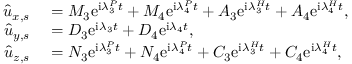
\begin{array} { r l } { \hat { u } _ { x , s } } & { { } = M _ { 3 } \mathrm { e } ^ { \mathrm { i } \lambda _ { 3 } ^ { P } t } + M _ { 4 } \mathrm { e } ^ { \mathrm { i } \lambda _ { 4 } ^ { P } t } + A _ { 3 } \mathrm { e } ^ { \mathrm { i } { \lambda } _ { 3 } ^ { H } t } + A _ { 4 } \mathrm { e } ^ { \mathrm { i } { \lambda } _ { 4 } ^ { H } t } , } \\ { \hat { u } _ { y , s } } & { { } = D _ { 3 } \mathrm { e } ^ { \mathrm { i } \lambda _ { 3 } t } + D _ { 4 } \mathrm { e } ^ { \mathrm { i } \lambda _ { 4 } t } , } \\ { \hat { u } _ { z , s } } & { { } = N _ { 3 } \mathrm { e } ^ { \mathrm { i } \lambda _ { 3 } ^ { P } t } + N _ { 4 } \mathrm { e } ^ { \mathrm { i } \lambda _ { 4 } ^ { P } t } + C _ { 3 } \mathrm { e } ^ { \mathrm { i } { \lambda } _ { 3 } ^ { H } t } + C _ { 4 } \mathrm { e } ^ { \mathrm { i } { \lambda } _ { 4 } ^ { H } t } , } \end{array}